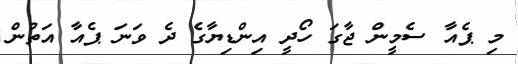
މި ޕެއާ ސެމީން ޖާގަ ހޯދީ އިންޑިޔާގެ ދެ ވަނަ ޕެއާ އަތުން